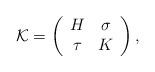
LaTeX: \begin{align*} \mathcal K = \left( \begin{array}{cc} H & \sigma \\ \tau & K\end{array} \right), \end{align*}